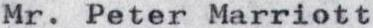
Mr. Peter Marriott